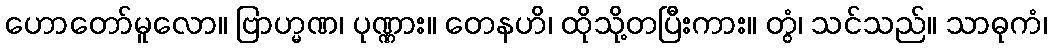
ဟောတော်မူလော။ ဗြာဟ္မဏ၊ ပုဏ္ဏား။ တေနဟိ၊ ထိုသို့တပြီးကား။ တွံ၊ သင်သည်။ သာဓုကံ၊